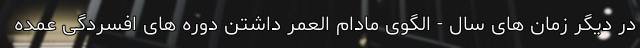
در دیگر زمان های سال - الگوی مادام العمر داشتن دوره های افسردگی عمده